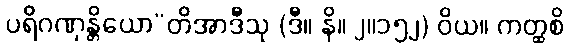
ပရိဂဏှန္တိယော”တိအာဒီသု (ဒီ။ နိ။ ၂။၁၅၂) ဝိယ။ ကတ္ထစိ